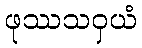
ဖုဿသဝှယံ